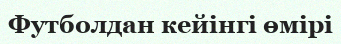
Футболдан кейінгі өмірі